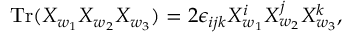
\mathrm { T r } ( X _ { w _ { 1 } } X _ { w _ { 2 } } X _ { w _ { 3 } } ) = 2 \epsilon _ { i j k } X _ { w _ { 1 } } ^ { i } X _ { w _ { 2 } } ^ { j } X _ { w _ { 3 } } ^ { k } ,